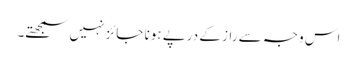
اس وجہ سے راز کے درپے ہونا جائز نہیں سمجھتے۔